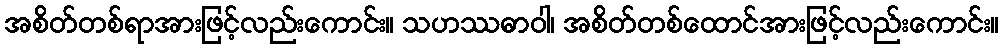
အစိတ်တစ်ရာအားဖြင့်လည်းကောင်း။ သဟဿဓာဝါ၊ အစိတ်တစ်ထောင်အားဖြင့်လည်းကောင်း။